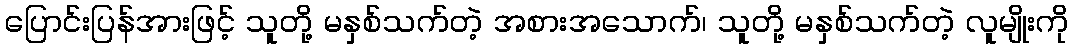
ပြောင်းပြန်အားဖြင့် သူတို့ မနှစ်သက်တဲ့ အစားအသောက်၊ သူတို့ မနှစ်သက်တဲ့ လူမျိုးကို